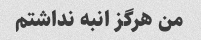
من هرگز انبه نداشتم